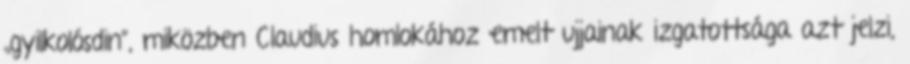
„gyilkolósdin”, miközben Claudius homlokához emelt ujjainak izgatottsága azt jelzi,